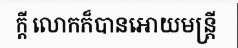
ក្តី លោកក៏បានអោយមន្ត្រី